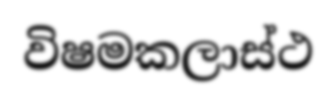
විෂමකලාස්ථ